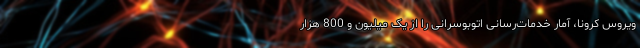
ویروس کرونا، آمار خدمات‌رسانی اتوبوسرانی را از یک میلیون و 800 هزار